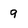
Character: 9